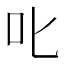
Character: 𫜸